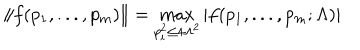
LaTeX: \| f ( p _ { 1 } , . . . , p _ { m } ) \| = \max _ { p _ { i } ^ { 2 } \leq 4 \Lambda ^ { 2 } } | f ( p _ { 1 } , . . . , p _ { m } ; \Lambda ) |